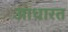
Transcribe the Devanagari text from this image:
आधारत